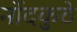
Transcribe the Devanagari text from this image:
नोंदकुठे